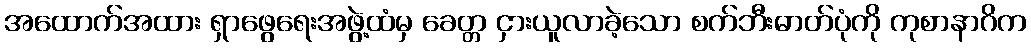
အထောက်အထား ရှာဖွေရေးအဖွဲ့ထံမှ ခေတ္တ ငှားယူလာခဲ့သော စက်ဘီးဓာတ်ပုံကို ကုစာနာဂိက